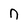
Character: n